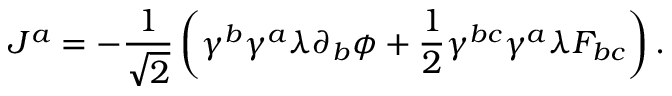
J ^ { a } = - \frac { 1 } { \sqrt { 2 } } \left( \gamma ^ { b } \gamma ^ { a } \lambda \partial _ { b } \phi + \frac { 1 } { 2 } \gamma ^ { b c } \gamma ^ { a } \lambda F _ { b c } \right) .